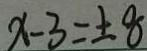
x - 3 = \pm 8